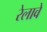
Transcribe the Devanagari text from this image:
रेलावे